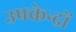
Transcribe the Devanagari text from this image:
उपकेन्द्रों